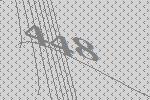
448